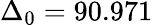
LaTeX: \Delta_{0}=90.971